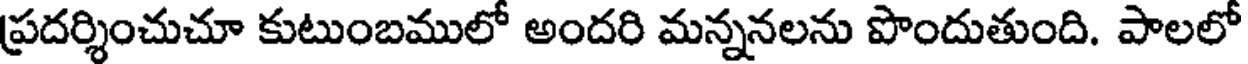
ప్రదర్శించుచూ కుటుంబములో అందరి మన్ననలను పొందుతుంది. పాలలో